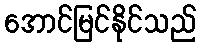
အောင်မြင်နိုင်သည်